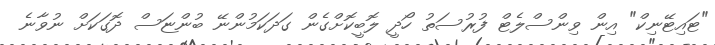
"ޓައިޓޭނިކް" އިން ވިންސްލެޓް ފުރުސަތު ހޯދީ ލޮބީކޮށްގެން ގަދަކަމުންނޭ ބުންޏަސް ދޮގަކަށް ނުވާނެ